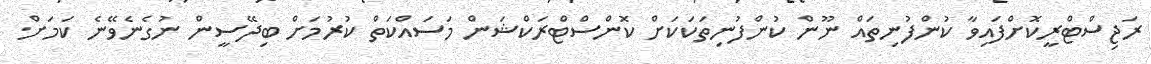
ރަޖިސްޓްރީކޮށްފައިވާ ކުންފުނިތައް ނޫން ކުންފުނިތަކަކަށް ކޮންސްޓްރަކްޝަން މަސައްކަތް ކުރުމަށް ބިދޭސީން ނުގެނެވޭނެ ކަމަށް.